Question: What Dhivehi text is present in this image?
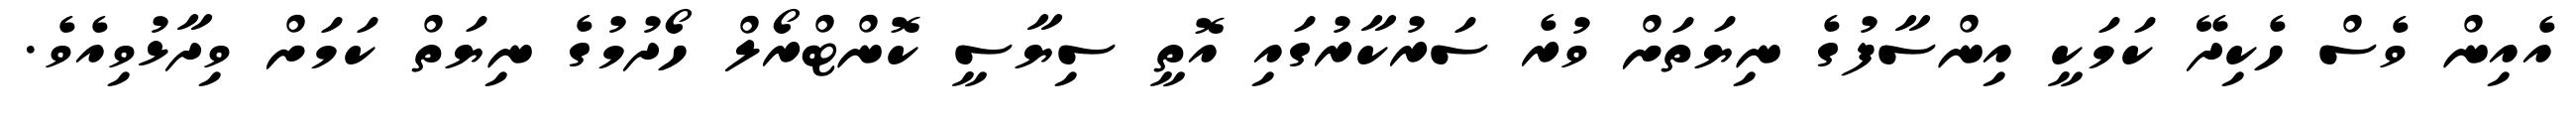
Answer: އެއިން ވެސް ހެކިދޭ ކަމަކީ އިންސާފުގެ ނިޔަތަށް ވުރެ ސަރުކާރުގައި އޮތީ ސިޔާސީ ކޮންޓްރޯލް ހޯދުމުގެ ނިޔަތް ކަމަށް ވިދާޅުވިއެވެ.